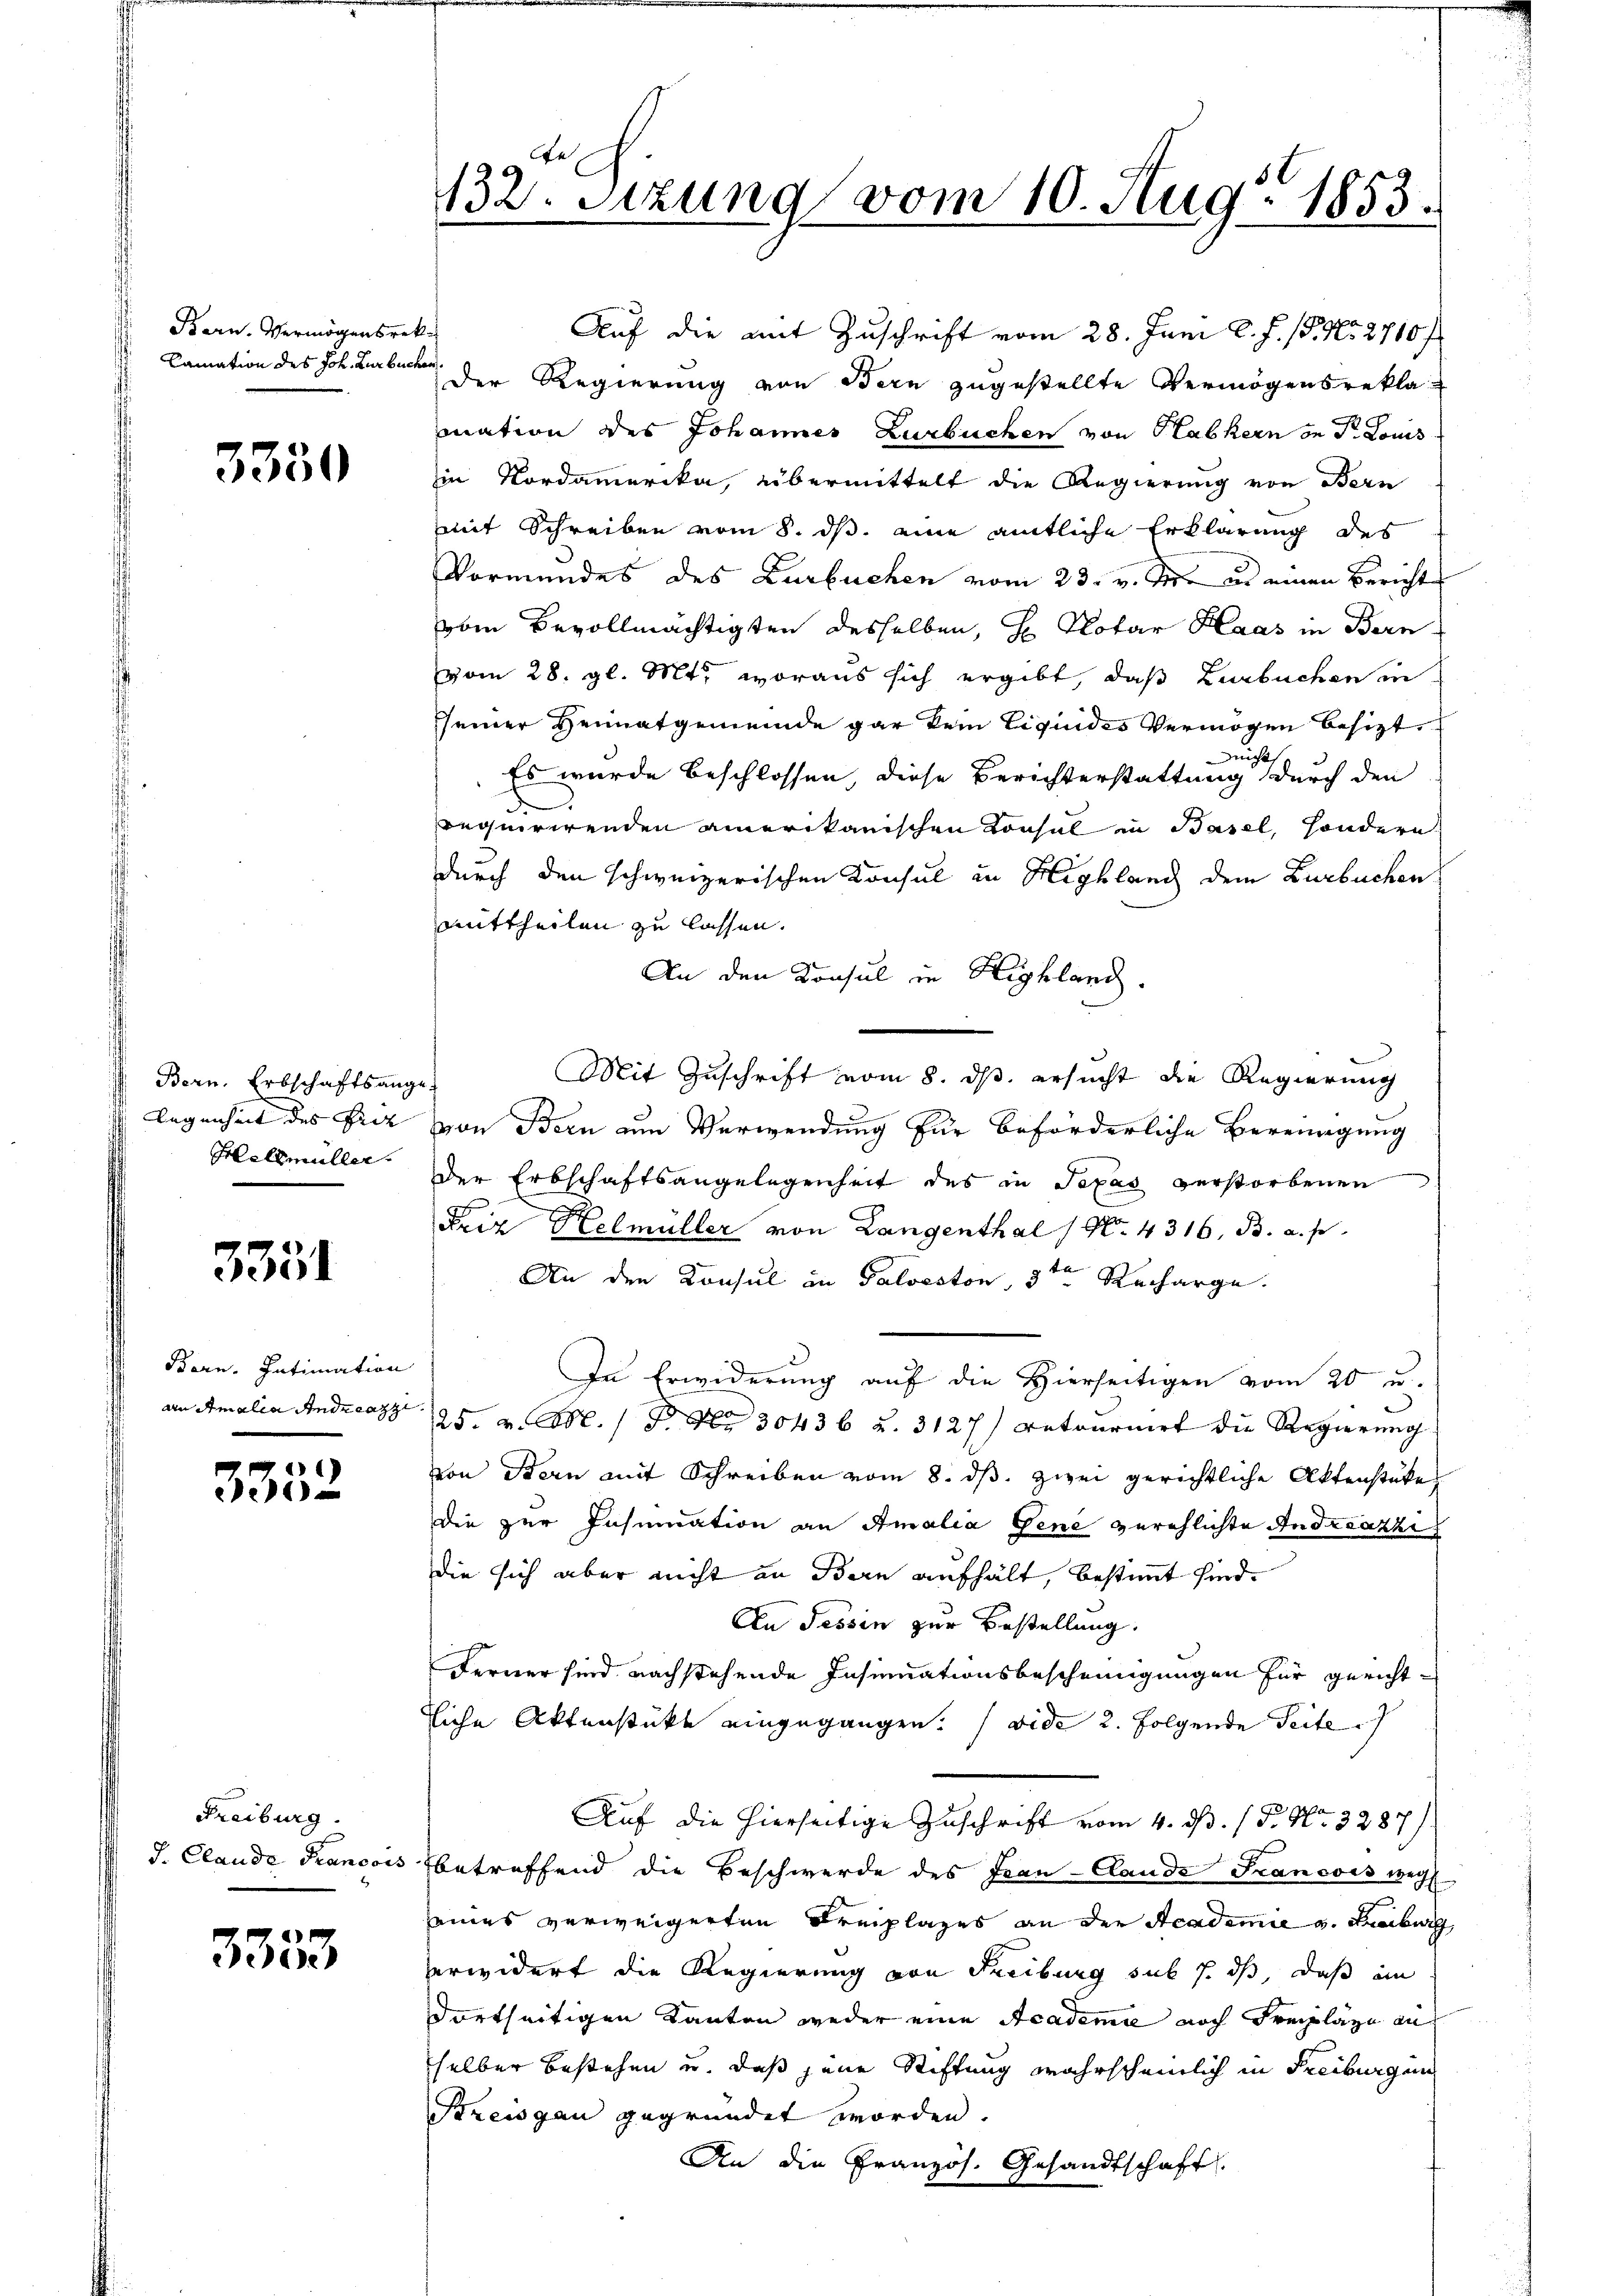
Bern. Vermögensrek
Camation des Joh. Zurbuchen

3350

Bern. Erbschaftsange-
Hellmüller.

3351

Bern. Intimation

3332

Freiburg.
J. Claude Francois

3333

132. Setzung vom 10. Aug. 1853.

Auf die mit Zuschrift vom 28. Juni l. J. 18. No 2710 f
Der Regierung von Bern zugestellte Vermögensreklamation des Johannes Zurbuchen von Habkern in Dr. Louis
Iin Nordammerika, übermittelt die Regierung von Bern
mit Schreiben vom 8. ds. eine amtliche Erklärung des
Vormundes des Kurbuchen vom 23. v. M. in einen Bericht
vom Bevollmächtigten desselben, H. Notar Haas in Bern
vom 28. gl. Mts., woraus sich ergibt, daß Zurbuchen in
seiner Heimatgemeinde gar kein Liquides Vermögen besizt,
ucht,
Es wurde beschlossen, diese Berichterstattung durch den
requirirenden amerikanischen Konsul in Basel, sondern
durch den schweizerischen Konsul in Highland dem Burbuchen
Mittheilen zu lassen.
An den Konsul in Highland.
Mit Zuschrift vom 8. ds. ersucht die Regierung
legenheit des Fiez von Bern um Verwendung für beförderliche Bereingung
der Erbschaftsangelegenheit des in Texas verstorbenen
Friz Helmüller von Langenthal (No. 4316, B. a. p.
An den Konsul in Palveston, 3ten Recharge.
In Erwiderung auf die Hierseitigen vom 20 u.
an Amalia Andreazz 25. v. Art. 1 P. Nr. 30436 u. 3127) retournirt die Regierung
von Stern mit Schreiben vom 8. ds. zwei gerichtliche Aktenstüke
die zur Insumation an Amalia Gene zürchlichte Andreazzi
die sich aber nicht an Bern aufhält, bestimmt sind.
An Tessin zur Bestellung.
Ferner sind nachstehende Insinuationsbescheinigungen für gerichttliche Aktenstückt eingegangen. (vide 2. Folgende Seite
Auf die hierseitige Zuschrift vom 4. d. 1 P. Nr. 3287)
betreffend die Beschwerde des Fran-Claude Francois weg
seines verweigerten Freiplages an der Academie v. Freiburg,
erwidert die Regierung von Freibung sub s. dß, daß ei
dortseitigen Kanton weder eine Academie noch Freipläge an
selber bestehen u. daß jene Stiftung wahrscheinlich in Freiburgun
Preisgau gegründet worden.
An die Französ. Gesandtschaft